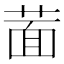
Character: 𦵀